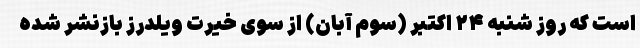
است که روز شنبه ۲۴ اکتبر (سوم آبان) از سوی خیرت ویلدرز بازنشر شده